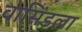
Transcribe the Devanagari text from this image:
वासिंडला